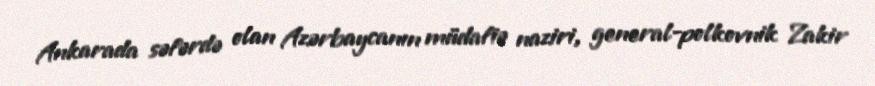
Ankarada səfərdə olan Azərbaycanın müdafiə naziri, general-polkovnik Zakir